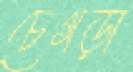
চেগড়া